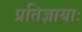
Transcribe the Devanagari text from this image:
प्रतिज्ञायाः